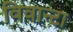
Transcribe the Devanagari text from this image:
विवान्टा